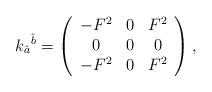
LaTeX: \begin{align*}k_{\hat a}{}^{\hat b} = \left(\begin{array}{ccc}-F^2 & 0 & F^2 \\0 & 0 & 0 \\-F^2 & 0 & F^2\end{array}\right),\end{align*}